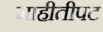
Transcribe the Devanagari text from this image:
माहीतीपट